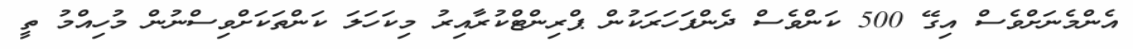
އެންމެނަށްވެސް އިގޭ 500 ކަންވެސް ދެންފަހަރަކުން ޕްރިންޓްކުރާއިރު މިކަހަލަ ކަންތަކަށްވިސްނުން މުހިއްމު ތީ